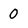
Character: 0